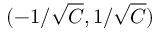
( - 1 / \sqrt { C } , 1 / \sqrt { C } )